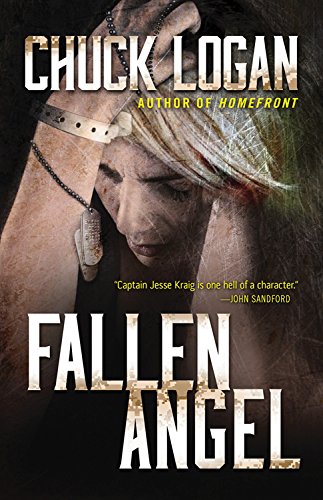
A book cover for Fallen Angel; Chuck Logan; Mystery, Thriller & Suspense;